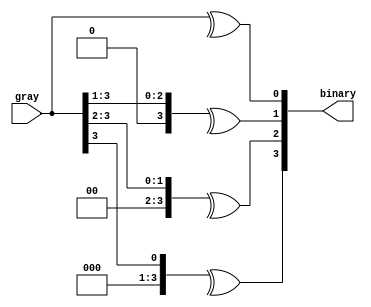
`timescale 1ns / 1ps
//////////////////////////////////////////////////////////////////////////////////
// Company: 
// 
// Design Name: 4-bit Gray code to binary conversion
// Module Name: g2b_convertor
// Project Name: 
// Target Devices: 
// Tool Versions: 
// Description: 
// 
// Dependencies: 
// 
// Revision:
// Revision 0.01 - File Created
// Additional Comments:
// 
//////////////////////////////////////////////////////////////////////////////////


module g2b_converter #(parameter WIDTH=4) (input [WIDTH-1:0] gray, output [WIDTH-1:0] binary);
  genvar i;
  generate
    for(i=0; i<WIDTH; i= i+1) begin
      assign binary[i] = ^(gray >> i);
    end
  endgenerate
endmodule